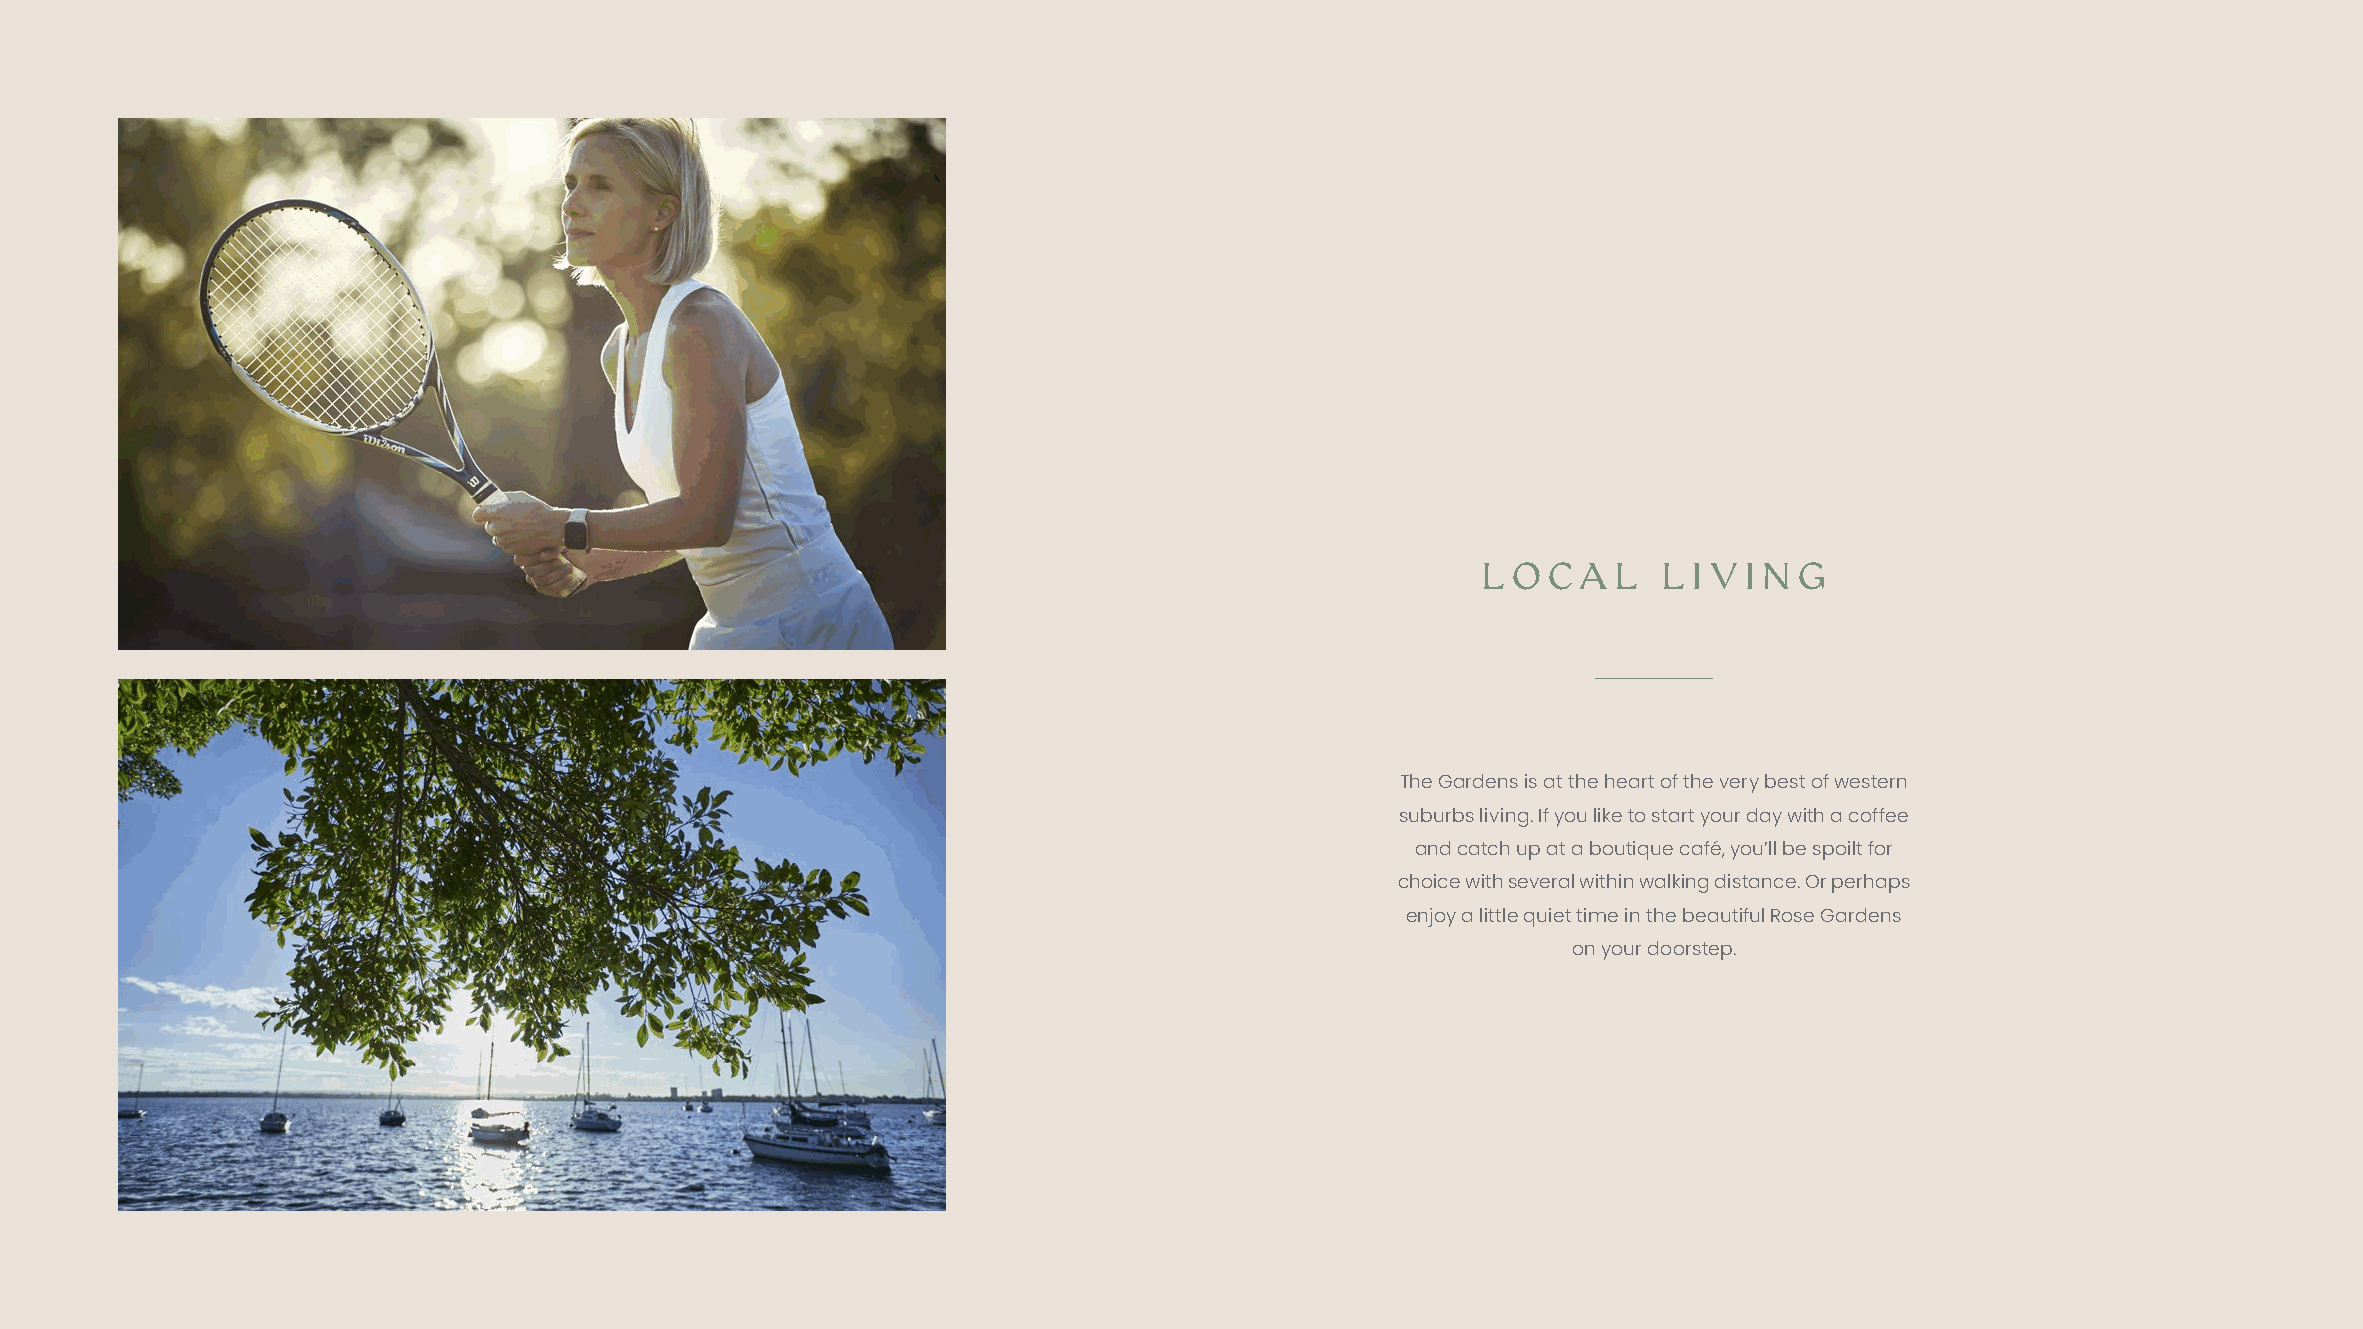
LOCA     L  LIVING
 The Gardens is at the heart of the very best of western
 suburbs living. If you like to start your day with a coffee
 and catch up at a boutique café, you’ll be spoilt for
 choice with several within walking distance. Or perhaps
 enjoy a little quiet time in the beautiful Rose Gardens
 on your doorstep.